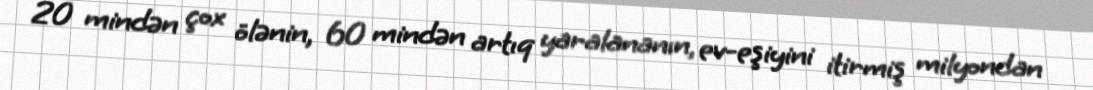
20 mindən çox ölənin, 60 mindən artıq yaralananın, ev-eşiyini itirmiş milyondan